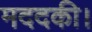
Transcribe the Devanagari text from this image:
मददकी।